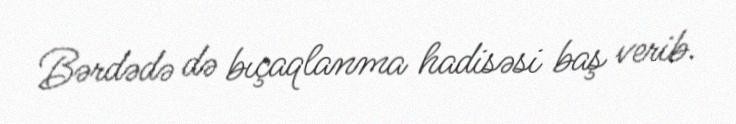
Bərdədə də bıçaqlanma hadisəsi baş verib.